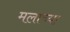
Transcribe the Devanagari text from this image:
मलाच्या